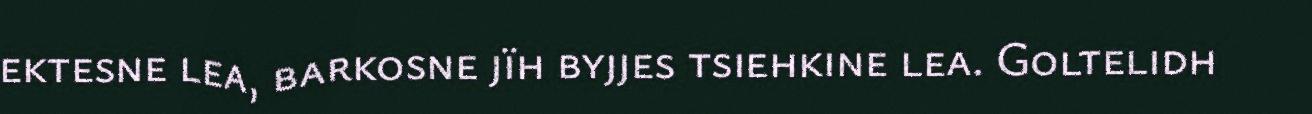
ektesne lea, barkosne jïh byjjes tsiehkine lea. Goltelidh